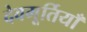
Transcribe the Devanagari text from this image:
देवमूर्तियाँ